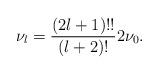
LaTeX: \begin{align*}\nu_l = {(2l+1)!!\over (l+2)!} 2\nu_0.\end{align*}